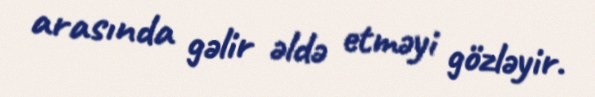
arasında gəlir əldə etməyi gözləyir.